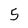
Character: 5